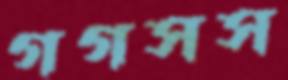
গগসস